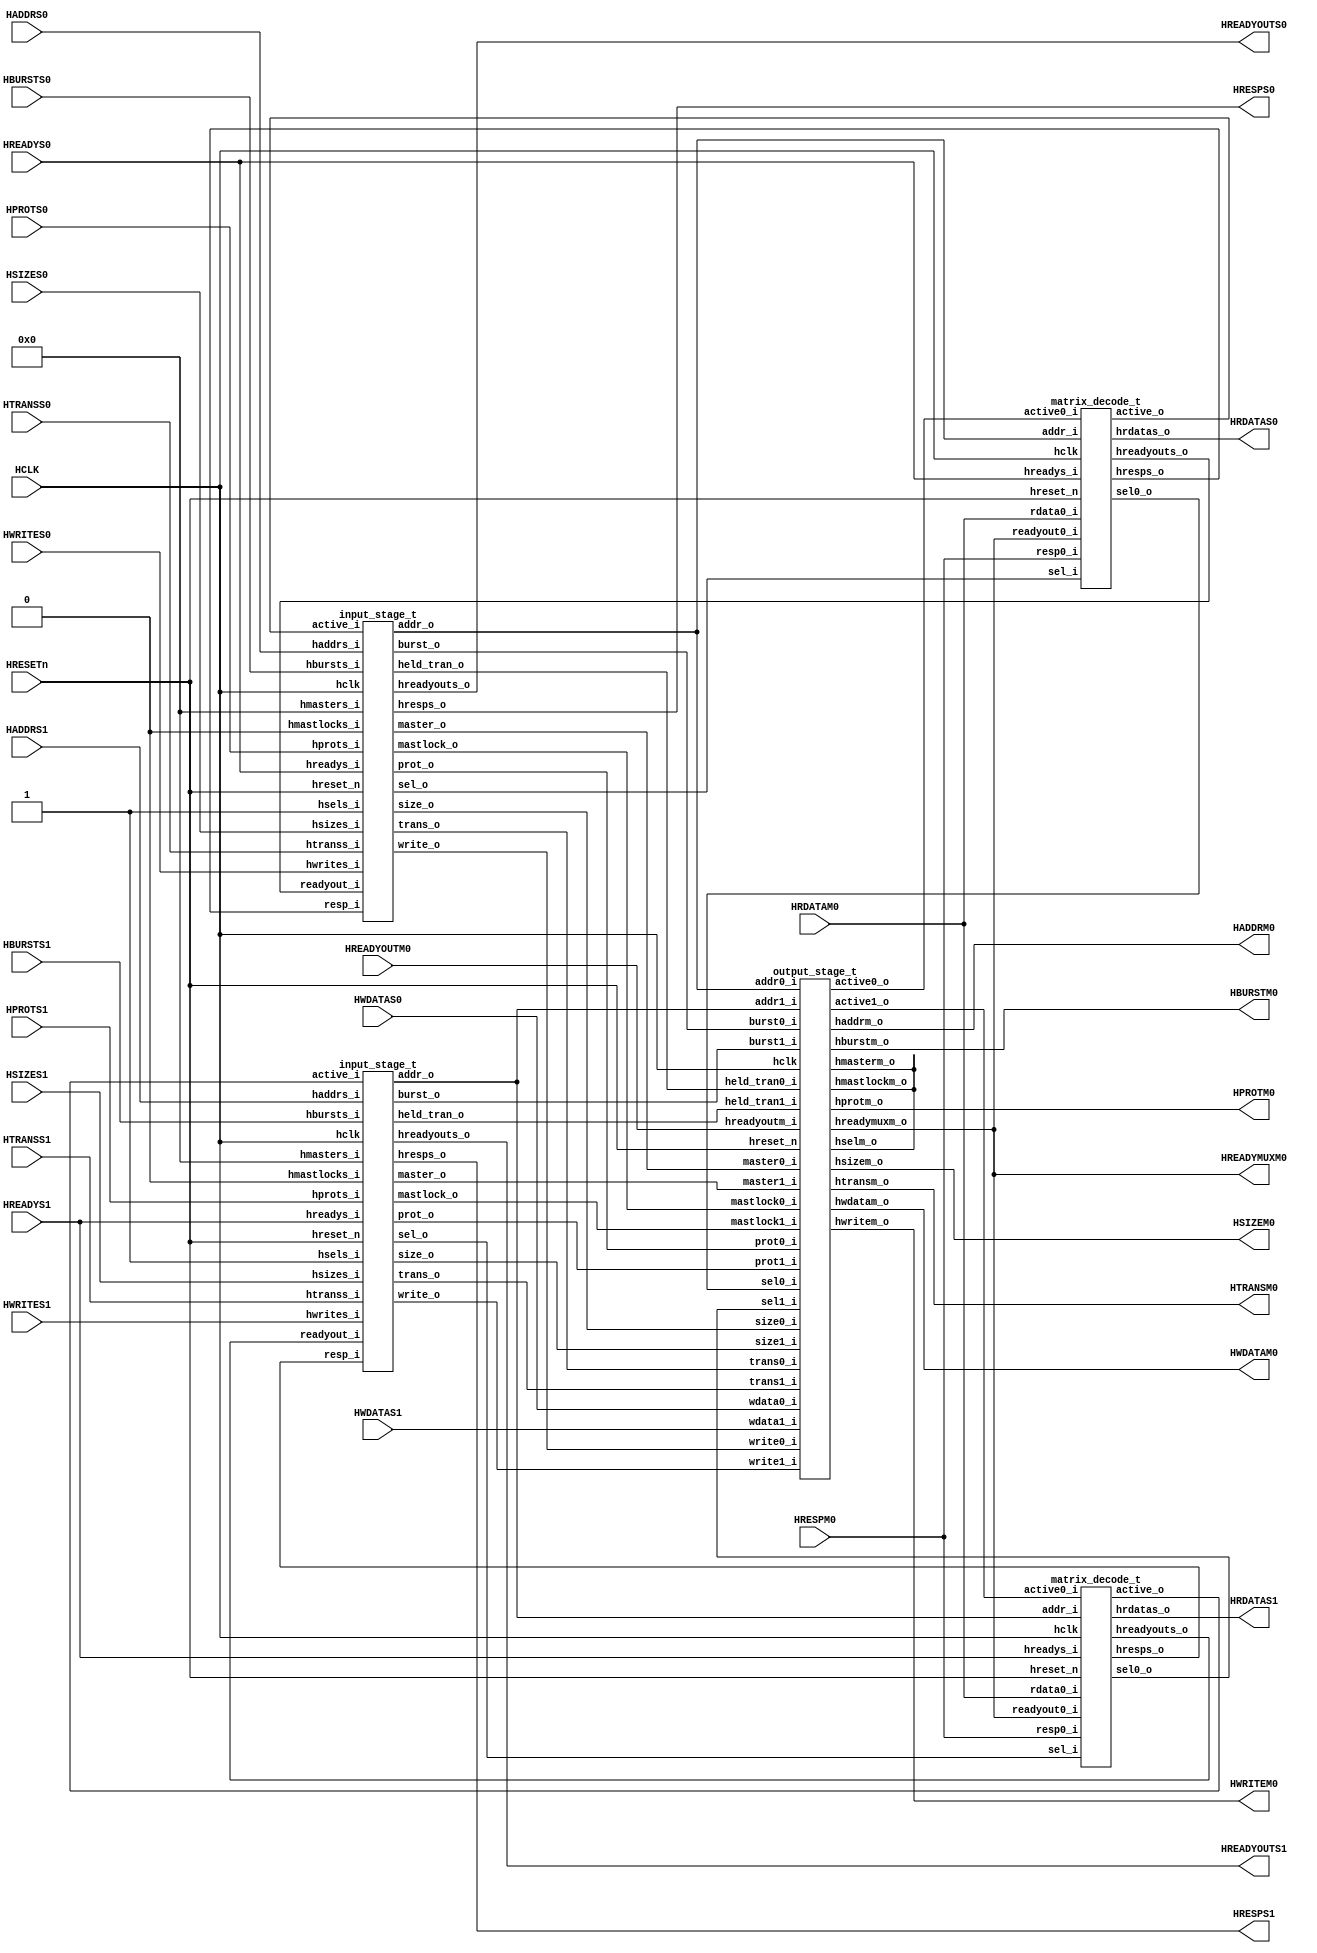
//===========================================================================--
//  The confidential and proprietary information contained in this file may
//  only be used by a person authorised under and to the extent permitted
//  by a subsisting licensing agreement from ARM Limited.
//
//                (C) COPYRIGHT 2004-2010 ARM Limited
//                    ALL RIGHTS RESERVED
//
//  This entire notice must be reproduced on all copies of this file
//  and copies of this file may only be made by a person if such person is
//  permitted to do so under the terms of a subsisting license agreement
//  from ARM Limited.
//
//  Revision            : $Revision: 365823 $
//  Release information : CM3DesignStart-r0p0-02rel0
//
//-----------------------------------------------------------------------------

module cm3_flash_mux (

    // Common AHB signals
    HCLK,
    HRESETn,

    // Input Port 0
    HADDRS0,
    HTRANSS0,
    HWRITES0,
    HSIZES0,
    HBURSTS0,
    HPROTS0,
    HWDATAS0,
    HREADYS0,

    // Input Port 1
    HADDRS1,
    HTRANSS1,
    HWRITES1,
    HSIZES1,
    HBURSTS1,
    HPROTS1,
    HWDATAS1,
    HREADYS1,

    // Response signals from Slave for Port 0
    HRDATAM0,
    HREADYOUTM0,
    HRESPM0,

    // Response signals to Master for Port 0
    HRDATAS0,
    HREADYOUTS0,
    HRESPS0,

    // Response signals to Master for Port 1
    HRDATAS1,
    HREADYOUTS1,
    HRESPS1,

    // Output Port 0
    HADDRM0,
    HTRANSM0,
    HWRITEM0,
    HSIZEM0,
    HBURSTM0,
    HPROTM0,
    HWDATAM0,
    HREADYMUXM0
    );

// -----------------------------------------------------------------------------
// Input & Output declarations
// -----------------------------------------------------------------------------
    input         HCLK;            // AHB System Clock
    input         HRESETn;         // AHB System Reset

    // Input Port 0
    input  [31:0] HADDRS0;         // Address bus
    input   [1:0] HTRANSS0;        // Transfer type
    input         HWRITES0;        // Transfer direction
    input   [2:0] HSIZES0;         // Transfer size
    input   [2:0] HBURSTS0;        // Burst type
    input   [3:0] HPROTS0;         // Protection control
    input  [31:0] HWDATAS0;        // Write data
    input         HREADYS0;        // Transfer done

    // Input Port 1
    input  [31:0] HADDRS1;         // Address bus
    input   [1:0] HTRANSS1;        // Transfer type
    input         HWRITES1;        // Transfer direction
    input   [2:0] HSIZES1;         // Transfer size
    input   [2:0] HBURSTS1;        // Burst type
    input   [3:0] HPROTS1;         // Protection control
    input  [31:0] HWDATAS1;        // Write data
    input         HREADYS1;        // Transfer done

    input  [31:0] HRDATAM0;        // Read data bus
    input         HREADYOUTM0;     // HREADY feedback
    input         HRESPM0;         // Transfer response

    output [31:0] HRDATAS0;        // Read data bus
    output        HREADYOUTS0;     // HREADY feedback
    output        HRESPS0;         // Transfer response

    output [31:0] HRDATAS1;        // Read data bus
    output        HREADYOUTS1;     // HREADY feedback
    output        HRESPS1;         // Transfer response

    // Output Port 0
    output [31:0] HADDRM0;         // Address bus
    output  [1:0] HTRANSM0;        // Transfer type
    output        HWRITEM0;        // Transfer direction
    output  [2:0] HSIZEM0;         // Transfer size
    output  [2:0] HBURSTM0;        // Burst type
    output  [3:0] HPROTM0;         // Protection control
    output [31:0] HWDATAM0;        // Write data
    output        HREADYMUXM0;     // Transfer done

// -----------------------------------------------------------------------------
// Wire declarations
// -----------------------------------------------------------------------------

    wire  [31:0] hrdatas0;        // Read data bus
    wire         hreadyouts0;     // HREADY feedback
    wire         hresps0;         // Transfer response

    wire [31:0]  hrdatas1;        // Read data bus
    wire         hreadyouts1;     // HREADY feedback
    wire         hresps1;         // Transfer response

    // Output Port 0
    wire [31:0]  haddrm0;         // Address bus
    wire  [1:0]  htransm0;        // Transfer type
    wire         hwritem0;        // Transfer direction
    wire  [2:0]  hsizem0;         // Transfer size
    wire  [2:0]  hburstm0;        // Burst type
    wire  [3:0]  hprotm0;         // Protection control
    wire [31:0]  hwdatam0;        // Write data
    wire         hreadymuxm0;     // Transfer done

//------------------------------------------------------------------------------
// Signal declarations
//------------------------------------------------------------------------------
// Bus-switch input 0
    wire        sel0;       // Port 0 HSEL signal
    wire [31:0] addr0;      // Port 0 HADDR signal
    wire  [1:0] trans0;     // Port 0 HTRANS signal
    wire        write0;     // Port 0 HWRITE signal
    wire  [2:0] size0;      // Port 0 HSIZE signal
    wire  [2:0] burst0;     // Port 0 HBURST signal
    wire  [3:0] prot0;      // Port 0 HPROTS signal
    wire  [3:0] master0;    // Port 0 HMASTER signal
    wire        mastlock0;  // Port 0 HMASTLOCK signal
    wire        active0;    // Port 0 Active signal
    wire        held_tran0;  // Port 0 HeldTran signal
    wire        readyout0;  // Port 0 Readyout signal
    wire        resp0;      // Port 0 response

// Bus-switch input 1
    wire        sel1;       // Port 1 HSEL signal
    wire [31:0] addr1;      // Port 1 HADDR signal
    wire  [1:0] trans1;     // Port 1 HTRANS signal
    wire        write1;     // Port 1 HWRITE signal
    wire  [2:0] size1;      // Port 1 HSIZE signal
    wire  [2:0] burst1;     // Port 1 HBURST signal
    wire  [3:0] prot1;      // Port 1 HPROTS signal
    wire  [3:0] master1;    // Port 1 HMASTER signal
    wire        mastlock1;  // Port 1 HMASTLOCK signal
    wire        active1;    // Port 1 Active signal
    wire        held_tran1;  // Port 1 HeldTran signal
    wire        readyout1;  // Port 1 Readyout signal
    wire        resp1;      // Port 1 response

// Bus-switch 0 to 0 signals
    wire        sel0_to_0;    // Port 0 to 0 HSEL signal
    wire        active0_to_0; // Port 0 to 0 Active signal

// Bus-switch 1 to 0 signals
    wire        sel1_to_0;    // Port 1 to 0 HSEL signal
    wire        active1_to_0; // Port 1 to 0 Active signal

//------------------------------------------------------------------------------
// Beginning of main code
//------------------------------------------------------------------------------

  input_stage_t u_input_stage_t0
    (
    .hclk          (HCLK),
    .hreset_n      (HRESETn),

    // Input Port Address/Control Signals
    .hsels_i       (1'b1),
    .haddrs_i      (HADDRS0),
    .htranss_i     (HTRANSS0),
    .hwrites_i     (HWRITES0),
    .hsizes_i      (HSIZES0),
    .hbursts_i     (HBURSTS0),
    .hprots_i      (HPROTS0),
    .hmasters_i    (4'b0000),
    .hmastlocks_i  (1'b0),
    .hreadys_i     (HREADYS0),

    // Internal Response
    .active_i      (active0),
    .readyout_i    (readyout0),
    .resp_i        (resp0),

    // Input Port Response
    .hreadyouts_o  (hreadyouts0),
    .hresps_o      (hresps0),

    // Internal Address/Control Signals
    .sel_o         (sel0),
    .addr_o        (addr0),
    .trans_o       (trans0),
    .write_o       (write0),
    .size_o        (size0),
    .burst_o       (burst0),
    .prot_o        (prot0),
    .master_o      (master0),
    .mastlock_o    (mastlock0),
    .held_tran_o   (held_tran0)
    );

  input_stage_t u_input_stage_t1
    (
    .hclk          (HCLK),
    .hreset_n      (HRESETn),

    // Input Port Address/Control Signals
    .hsels_i       (1'b1),
    .haddrs_i      (HADDRS1),
    .htranss_i     (HTRANSS1),
    .hwrites_i     (HWRITES1),
    .hsizes_i      (HSIZES1),
    .hbursts_i     (HBURSTS1),
    .hprots_i      (HPROTS1),
    .hmasters_i    (4'b0000),
    .hmastlocks_i  (1'b0),
    .hreadys_i     (HREADYS1),

    // Internal Response
    .active_i      (active1),
    .readyout_i    (readyout1),
    .resp_i        (resp1),

    // Input Port Response
    .hreadyouts_o  (hreadyouts1),
    .hresps_o      (hresps1),

    // Internal Address/Control Signals
    .sel_o         (sel1),
    .addr_o        (addr1),
    .trans_o       (trans1),
    .write_o       (write1),
    .size_o        (size1),
    .burst_o       (burst1),
    .prot_o        (prot1),
    .master_o      (master1),
    .mastlock_o    (mastlock1),
    .held_tran_o   (held_tran1)
    );

  matrix_decode_t u_matrix_decode_t0
    (
    .hclk          (HCLK),
    .hreset_n      (HRESETn),

    .hreadys_i     (HREADYS0),
    .sel_i         (sel0),
    .addr_i        (addr0),

    // Control/Response for Output Stage 0
    .active0_i     (active0_to_0),
    .readyout0_i   (hreadymuxm0),
    .resp0_i       (HRESPM0),
    .rdata0_i      (HRDATAM0),

    // Select signals
    .sel0_o        (sel0_to_0),

    .active_o      (active0),
    .hreadyouts_o  (readyout0),
    .hresps_o      (resp0),
    .hrdatas_o     (hrdatas0)
    );

  matrix_decode_t u_matrix_decode_t1
    (
    .hclk          (HCLK),
    .hreset_n      (HRESETn),

    .hreadys_i     (HREADYS1),
    .sel_i         (sel1),
    .addr_i        (addr1),

    // Control/Response for Output Stage 0
    .active0_i     (active1_to_0),
    .readyout0_i   (hreadymuxm0),
    .resp0_i       (HRESPM0),
    .rdata0_i      (HRDATAM0),

    .sel0_o        (sel1_to_0),

    .active_o      (active1),
    .hreadyouts_o  (readyout1),
    .hresps_o      (resp1),
    .hrdatas_o     (hrdatas1)
    );

  output_stage_t u_output_stage_t0
    (
    .hclk          (HCLK),
    .hreset_n      (HRESETn),

    // Port 0 Signals
    .sel0_i        (sel0_to_0),
    .addr0_i       (addr0),
    .trans0_i      (trans0),
    .write0_i      (write0),
    .size0_i       (size0),
    .burst0_i      (burst0),
    .prot0_i       (prot0),
    .master0_i     (master0),
    .mastlock0_i   (mastlock0),
    .wdata0_i      (HWDATAS0),
    .held_tran0_i  (held_tran0),

    // Port 1 Signals
    .sel1_i        (sel1_to_0),
    .addr1_i       (addr1),
    .trans1_i      (trans1),
    .write1_i      (write1),
    .size1_i       (size1),
    .burst1_i      (burst1),
    .prot1_i       (prot1),
    .master1_i     (master1),
    .mastlock1_i   (mastlock1),
    .wdata1_i      (HWDATAS1),
    .held_tran1_i  (held_tran1),

    // Slave read data and response
    .hreadyoutm_i  (HREADYOUTM0),

    .active0_o     (active0_to_0),
    .active1_o     (active1_to_0),

    // Slave Address/Control Signals
    .hselm_o       (),
    .haddrm_o      (haddrm0),
    .htransm_o     (htransm0),
    .hwritem_o     (hwritem0),
    .hsizem_o      (hsizem0),
    .hburstm_o     (hburstm0),
    .hprotm_o      (hprotm0),
    .hmasterm_o    (),
    .hmastlockm_o  (),
    .hreadymuxm_o  (hreadymuxm0),
    .hwdatam_o     (hwdatam0)
    );

    // -----------------------------------------------------------------------
    // Output Assignments
    // -----------------------------------------------------------------------

    assign HRDATAS0    = hrdatas0;
    assign HREADYOUTS0 = hreadyouts0;
    assign HRESPS0     = hresps0;

    assign HRDATAS1    = hrdatas1;
    assign HREADYOUTS1 = hreadyouts1;
    assign HRESPS1     = hresps1;

    // Output Port 0
    assign HADDRM0     = haddrm0;
    assign HTRANSM0    = htransm0;
    assign HWRITEM0    = hwritem0;
    assign HSIZEM0     = hsizem0;
    assign HBURSTM0    = hburstm0;
    assign HPROTM0     = hprotm0;
    assign HWDATAM0    = hwdatam0;
    assign HREADYMUXM0 = hreadymuxm0;

endmodule

module input_stage_t (
    hclk,
    hreset_n,
// Input Port Address/Control Signals
    hsels_i,
    haddrs_i,
    htranss_i,
    hwrites_i,
    hsizes_i,
    hbursts_i,
    hprots_i,
    hmasters_i,
    hmastlocks_i,
    hreadys_i,

// Internal Response
    active_i,
    readyout_i,
    resp_i,

// Input Port Response
    hreadyouts_o,
    hresps_o,

// Internal Address/Control Signals
    sel_o,
    addr_o,
    trans_o,
    write_o,
    size_o,
    burst_o,
    prot_o,
    master_o,
    mastlock_o,
    held_tran_o
    );

    input         hclk;              // AHB System Clock
    input         hreset_n;          // AHB System Reset
    input         hsels_i;           // Slave Select from AHB
    input  [31:0] haddrs_i;          // Address bus from AHB
    input   [1:0] htranss_i;         // Transfer type from AHB
    input         hwrites_i;         // Transfer direction from AHB
    input   [2:0] hsizes_i;          // Transfer size from AHB
    input   [2:0] hbursts_i;         // Burst type from AHB
    input   [3:0] hprots_i;          // Protection control from AHB
    input   [3:0] hmasters_i;        // Master number from AHB
    input         hmastlocks_i;      // Locked Sequence  from AHB
    input         hreadys_i;         // Transfer done from AHB
    input         active_i;          // Active signal
    input         readyout_i;        // HREADYOUT input
    input         resp_i;            // HRESP input

    output        hreadyouts_o;      // HREADY feedback to AHB
    output        hresps_o;          // Transfer response to AHB
    output        sel_o;             // HSEL output
    output [31:0] addr_o;            // HADDR output
    output  [1:0] trans_o;           // HTRANS output
    output        write_o;           // HWRITE output
    output  [2:0] size_o;            // HSIZE output
    output  [2:0] burst_o;           // HBURST output
    output  [3:0] prot_o;            // HPROT output
    output [3:0]  master_o;          // HMASTER output
    output        mastlock_o;        // HMASTLOCK output
    output        held_tran_o;       // Holding register active flag

//------------------------------------------------------------------------------
// Wire declaration
//------------------------------------------------------------------------------

    reg         hreadyouts;      // HREADY feedback to AHB
    reg         hresps;          // Transfer response to AHB
    reg         sel;             // HSEL output
    reg  [31:0] addr;            // HADDR output
    wire  [1:0] trans;           // HTRANS output
    reg         write;           // HWRITE output
    reg   [2:0] size;            // HSIZE output
    wire  [2:0] burst;           // HBURST output
    reg   [3:0] prot;            // HPROT output
    reg   [3:0] master;          // HMASTER output
    reg         mastlock;        // HMASTLOCK output
    wire        held_tran;       // Holding register active flag

//------------------------------------------------------------------------------
// Constant declarations
//------------------------------------------------------------------------------

// HTRANS transfer type signal encoding
`define FM_TRN_IDLE    2'b00     // Idle Transfer
`define FM_TRN_BUSY    2'b01     // Busy Transfer
`define FM_TRN_NONSEQ  2'b10     // Nonsequential transfer
`define FM_TRN_SEQ     2'b11     // Sequential transfer

// HSIZE transfer type signal encoding
`define FM_SZ_BYTE     3'b000    // 8-bit
`define FM_SZ_HALF     3'b001    // 16-bit
`define FM_SZ_WORD     3'b010    // 32-bit

// HBURST transfer type signal encoding
`define FM_BUR_SINGLE  3'b000    // Single BURST
`define FM_BUR_INCR    3'b001    // Incremental BURSTS
`define FM_BUR_WRAP4   3'b010    // 4-beat wrap
`define FM_BUR_INCR4   3'b011    // 4-beat incr
`define FM_BUR_WRAP8   3'b100    // 8-beat wrap
`define FM_BUR_INCR8   3'b101    // 8-beat incr
`define FM_BUR_WRAP16  3'b110    // 16-beat wrap
`define FM_BUR_INCR16  3'b111    // 16-beat incr

//------------------------------------------------------------------------------
// Signal declaration
//------------------------------------------------------------------------------
    wire        load_reg;             // Holding register load flag
    wire        pend_tran;            // An active transfer cannot complete
    reg         pend_tran_reg;        // Registered version of PendTran
    wire        addr_valid;           // Indicates address phase of
                                      // valid transfer
    reg         data_valid;           // Indicates data phase of
                                      // valid transfer
    reg   [1:0] reg_trans;            // Registered HTRANSS
    reg  [31:0] reg_addr;             // Registered HADDRS
    reg         reg_write;            // Registered HWRITES
    reg   [2:0] reg_size;             // Registered HSIZES
    reg   [2:0] reg_burst;            // Registered HBURSTS
    reg   [3:0] reg_prot;             // Registered HPROTS
    reg   [3:0] reg_master;           // Registerd HMASTERS
    reg         reg_mastlock;         // Registered HMASTLOCKS
    reg   [1:0] trans_b;              // HTRANS output used for burst information
    reg   [1:0] trans_int;            // HTRANS output
    reg   [2:0] burst_int;            // HBURST output
    reg   [3:0] offset_addr;          // Address offset for boundary logic
    reg   [3:0] check_addr;           // Address check for wrapped bursts
    reg         burst_override;       // Registered BurstOverrideNext
    wire        next_burst_override;  // Indicates burst has been over-ridden
    reg         bound;                // Registered version of BoundNext
    wire        next_bound;           // Indicates boundary wrapping
    wire        bound_en;             // Clock-enable for Bound register

//------------------------------------------------------------------------------
// Beginning of main code
//------------------------------------------------------------------------------
//------------------------------------------------------------------------------
// Holding Registers
//------------------------------------------------------------------------------
// Each input port has a holding register associated with it and a mux to
//  select between the register and the direct input path. The control of
//  the mux is done simply by selecting the holding register when it is loaded
//  with a pending transfer, otherwise the straight through path is used.

  always @ (posedge hclk or negedge hreset_n)
  begin : p_holding_reg_seq1
    if  ( hreset_n ==1'b0 )
    begin
      reg_trans    <= 2'b00;
      reg_addr     <= {32{1'b0}};
      reg_write    <= 1'b0 ;
      reg_size     <= 3'b000;
      reg_burst    <= 3'b000;
      reg_prot     <= {4{1'b0}};
      reg_master   <= 4'b0000;
      reg_mastlock <= 1'b0 ;
    end
    else
    begin
      if  (load_reg)
      begin
        reg_trans    <= htranss_i;
        reg_addr     <= haddrs_i;
        reg_write    <= hwrites_i;
        reg_size     <= hsizes_i;
        reg_burst    <= hbursts_i;
        reg_prot     <= hprots_i;
        reg_master   <= hmasters_i;
        reg_mastlock <= hmastlocks_i;
      end
    end
  end

  // AddrValid indicates the address phase of an active (non-BUSY/IDLE)
  // transfer to this slave port
  assign addr_valid = (hsels_i & htranss_i[1]);

  // The holding register is loaded whenever there is a transfer on the input
  // port which is validated by active HREADYS
  assign load_reg = (addr_valid & hreadys_i);

  // DataValid register
  // AddrValid indicates the data phase of an active (non-BUSY/IDLE)
  // transfer to this slave port. A valid response (HREADY, HRESP) must be
  // generated
  always @ (posedge hclk or negedge hreset_n)
  begin : p_data_valid
    if  (hreset_n == 1'b0)
      data_valid <= 1'b0;
    else
    begin
     if (hreadys_i)
      data_valid  <= addr_valid;
    end
  end

//------------------------------------------------------------------------------
// Generate HeldTran
//------------------------------------------------------------------------------
// The HeldTran signal is used to indicate when there is an active transfer
// being presented to the output stage, either passing straight through or from
// the holding register.

  // PendTran indicates that an active transfer presented to this
  // slave cannot complete immediately.  It is always set after the
  // LoadReg signal has been active. When set, it is cleared when the
  // transfer is being driven onto the selected slave (as indicated by
  // Active being high) and HREADY from the selected slave is high.
  assign pend_tran = (load_reg & (!active_i)) ? 1'b1 :
                    ((active_i & readyout_i) ? 1'b0 : pend_tran_reg);

  // PendTranReg indicates that an active transfer was accepted by the input
  // stage,but not by the output stage, and so the holding registers should be
  // used
  always @ (posedge hclk or negedge hreset_n)
  begin : p_pend_tran_reg
    if (hreset_n == 1'b0)
     pend_tran_reg  <= 1'b0;
    else
     pend_tran_reg  <= pend_tran;
  end

  // HeldTran indicates an active transfer, and is held whilst that transfer is
  // in the holding registers.  It passes to the output stage where it acts as
  // a request line to the arbitration scheme
  assign  held_tran  = (load_reg | pend_tran_reg);

// The output from this stage is selected from the holding register when
//  there is a held transfer. Otherwise the direct path is used.

  always @ (pend_tran_reg or hsels_i or htranss_i or haddrs_i or hwrites_i
            or hsizes_i or hbursts_i or hprots_i or hmastlocks_i or reg_addr
            or reg_write or reg_size or reg_burst or reg_prot or reg_mastlock or
            hmasters_i or reg_master)
  begin : p_mux_comb
    if  ( pend_tran_reg ==1'b0 )
    begin
      sel       = hsels_i;
      trans_int = htranss_i;
      addr      = haddrs_i;
      write     = hwrites_i;
      size      = hsizes_i;
      burst_int = hbursts_i;
      prot      = hprots_i;
      master    = hmasters_i;
      mastlock  = hmastlocks_i;
    end
    else
    begin
      sel       = 1'b1;
      trans_int = `FM_TRN_NONSEQ;
      addr      = reg_addr;
      write     = reg_write;
      size      = reg_size;
      burst_int = reg_burst;
      prot      = reg_prot;
      master    = reg_master;
      mastlock  = reg_mastlock;
    end
  end

// The Transb output is used to select the correct Burst value when completing
// an interrupted defined-lenght burst.

  always @ (pend_tran_reg or htranss_i or reg_trans)
  begin : p_trans_b_comb
    if  ( pend_tran_reg ==1'b0 )
      trans_b = htranss_i;
    else
      trans_b = reg_trans;
  end // block: p_TransbComb


  // Convert SEQ->NONSEQ and BUSY->IDLE when an address boundary is crossed
  // whilst the burst type is being over-ridden, i.e. when completing an
  // interrupted wrapping burst.
  assign trans  = (burst_override & bound) ? {trans_int[1], 1'b0}
                : trans_int;

  assign burst  = (burst_override & (trans_b != `FM_TRN_NONSEQ)) ? `FM_BUR_INCR
                : burst_int;

//------------------------------------------------------------------------------
// HREADYOUT Generation
//------------------------------------------------------------------------------
// There are three possible sources for the HREADYOUT signal.
//  - It is driven LOW when there is a held transfer.
//  - It is driven HIGH when not Selected or for Idle/Busy transfers.
//  - At all other times it is driven from the appropriate shared
//    slave.

  always @ (data_valid or pend_tran_reg or readyout_i or resp_i)
  begin : p_ready_comb
    if  (data_valid == 1'b0)
      begin
        hreadyouts = 1'b1;
        hresps     = 1'b0;
      end
    else if (pend_tran_reg)
      begin
        hreadyouts = 1'b0;
        hresps     = 1'b0;
      end
    else
      begin
        hreadyouts = readyout_i;
        hresps     = resp_i;
      end
  end // block: p_ReadyComb

//------------------------------------------------------------------------------
// Early Burst Termination
//------------------------------------------------------------------------------
// There are times when the output stage will switch to another input port
//  without allowing the current burst to complete. In these cases the HTRANS
//  and HBURST signals need to be overriden to ensure that the transfers
//  reaching the output port meet the AHB specification.

  assign next_burst_override  = ((htranss_i == `FM_TRN_NONSEQ) |
                               (htranss_i == `FM_TRN_IDLE)) ? 1'b0
                              : (((load_reg == 1'b1) &&
                                  (active_i == 1'b0) &&
                                  (htranss_i ==`FM_TRN_SEQ)) ? 1'b1
                                 : burst_override) ;

  // BurstOverride register
  always @ (posedge hclk or negedge hreset_n)
  begin : p_burst_override_seq
    if  ( hreset_n ==1'b0 )
      burst_override  <= 1'b0 ;
    else
      begin
        if (hreadys_i)
          burst_override  <= next_burst_override ;
      end
  end // block: p_BurstOverrideSeq

//------------------------------------------------------------------------------
// Boundary Checking Logic
//------------------------------------------------------------------------------
  // OffsetAddr
  always @ (haddrs_i or hsizes_i)
  begin : p_offset_addr_comb
    case (hsizes_i )
      3'b000:  offset_addr  = haddrs_i[3:0];
      3'b001:  offset_addr  = haddrs_i[4:1];
      3'b010:  offset_addr  = haddrs_i[5:2];
      3'b011:  offset_addr  = haddrs_i[6:3];
      default: offset_addr  = haddrs_i[3:0];
    endcase
  end

  // CheckAddr
  always @ (offset_addr or hbursts_i)
  begin : p_check_addr_comb
    case (hbursts_i )
      `FM_BUR_WRAP4 : begin
        check_addr[1:0] = offset_addr[1:0];
        check_addr[3:2] = 2'b11;
      end

      `FM_BUR_WRAP8 : begin
        check_addr[2:0] = offset_addr[2:0];
        check_addr[3]   = 1'b1 ;
      end

      `FM_BUR_WRAP16 : begin
        check_addr[3:0] = offset_addr[3:0];
      end

      default: begin
        check_addr[3:0] = 4'b0000;
      end
    endcase
  end

  assign next_bound  = (check_addr == 4'b1111) ? 1'b1 : 1'b0;

  assign bound_en  = ((htranss_i [1]) & hreadys_i) ? 1'b1 : 1'b0;

  // Bound register
  always @ (posedge hclk or negedge hreset_n)
  begin : p_bound_seq
    if  ( hreset_n ==1'b0 )
      bound  <= 1'b0 ;
    else
    begin
      if  (bound_en)
        bound  <= next_bound ;
    end
  end

  // output assignments
  assign hreadyouts_o  = hreadyouts;
  assign hresps_o      = hresps;
  assign sel_o         = sel;
  assign addr_o        = addr;
  assign trans_o       = trans;
  assign write_o       = write;
  assign size_o        = size;
  assign burst_o       = burst;
  assign prot_o        = prot;
  assign master_o      = master;
  assign mastlock_o    = mastlock;
  assign held_tran_o   = held_tran;

endmodule

module matrix_decode_t (
    hclk,
    hreset_n,

    hreadys_i,
    sel_i,
    addr_i,

    // Bus-switch output 0
    active0_i,
    readyout0_i,
    resp0_i,
    rdata0_i,

    sel0_o,

    active_o,
    hreadyouts_o,
    hresps_o,
    hrdatas_o
    );

    input         hclk;             // AHB System Clock
    input         hreset_n;         // AHB System Reset
    input         hreadys_i;        // Transfer done
    input         sel_i;            // HSEL input
    input [31:0]  addr_i;           // HADDR input

    // Bus-switch output 0
    input         active0_i;        // O/P stage0 Active signal
    input         readyout0_i;      // HREADYOUT input
    input         resp0_i;          // HRESP input
    input  [31:0] rdata0_i;         // HRDATA input

    output        sel0_o;           // HSEL output

    output        active_o;         // Combinatorial Active O/P
    output        hreadyouts_o;     // HREADY feedback output
    output        hresps_o;         // Transfer response
    output [31:0] hrdatas_o;        // Read Data

//------------------------------------------------------------------------------
// Wire declarations
//------------------------------------------------------------------------------

    reg           sel0;             // HSEL output

    reg           active;           // Combinatorial Active O/P signal
    reg           hreadyouts;       // Combinatorial HREADYOUT signal
    reg           hresps;           // Combinatorial HRESPS signal
    reg    [31:0] hrdatas;          // Read data bus

    reg     [3:0] addr_out_port;    // Address output ports
    reg     [3:0] data_out_port;    // Data output ports

//------------------------------------------------------------------------------
// Beginning of main code
//------------------------------------------------------------------------------

//------------------------------------------------------------------------------
// Address phase signals
//------------------------------------------------------------------------------
// The address decode is done in two stages. This is so that the address
//  decode occurs in only one process, p_AddrOutPortComb, and then the select
//  signal is factored in.
  always @ (addr_i)
    begin : p_addr_out_port_comb
      case (addr_i [27:24])

        // Bus-switch output 0
        4'b0000 : addr_out_port = 4'b0000;
        default : addr_out_port = 4'b0000;
      endcase // case(Addr [27:24])
    end // block: p_AddrOutPortComb


  // Select signal decode
  always @ (sel_i or addr_out_port)
    begin : p_sel_comb
      sel0  = 1'b0 ;
      if  (sel_i)
      begin
        case (addr_out_port)
          4'b0000 : sel0  = 1'b1 ;
          default: begin
          end
        endcase // case(AddrOutPort)
      end // if (Sel)
    end // block: p_SelComb

// The decoder selects the appropriate Active signal depending on which
//  output stage is required for the transfer.
  always @ (active0_i or
            addr_out_port)
    begin : p_active_comb
      case (addr_out_port )

        4'b0000 : active  = active0_i ;
        default : active  = active0_i ;
      endcase // case(AddrOutPort )
    end // block: p_ActiveComb

//------------------------------------------------------------------------------
// Data phase signals
//------------------------------------------------------------------------------
// The DataOutPort needs to be updated when HREADY from the input stage is high.
//  Note: HREADY must be used, not HREADYOUT, because there are occaisions
//  (namely when the holding register gets loaded) when HREADYOUT may be low
//  but HREADY is high, and in this case it is important that the DataOutPort
//  gets updated.
  always @ (posedge hclk or negedge hreset_n)
    begin : p_data_out_port_seq
      if  (hreset_n == 1'b0)
        data_out_port  <= 4'b0000;
      else
        begin
          if  (hreadys_i)
            data_out_port  <= addr_out_port ;
        end
    end // block: p_DataOutPortSeq

  // HREADYOUTS output decode
  always @ (readyout0_i or
            data_out_port)
  begin : p_ready_comb
    case (data_out_port)

      4'b0000 : hreadyouts  = readyout0_i ;
      default : hreadyouts  = readyout0_i;
    endcase // case(DataOutPort)
  end // block: p_ReadyComb


  // HRESPS output decode
  always @ (resp0_i or
            data_out_port)
  begin : p_resp_comb
    case (data_out_port)
      4'b0000 : hresps  = resp0_i ;
      default: hresps  = resp0_i;
    endcase // case(DataOutPort)
  end // block: p_RespComb

  // HRDATAS output decode
  always @ (rdata0_i or
            data_out_port)
  begin : p_rdata_comb
    case (data_out_port )

      4'b0000 : hrdatas  = rdata0_i ;
      default : hrdatas  = rdata0_i ;
    endcase // case(DataOutPort )
  end // block: p_RdataComb

  // output assignments
  assign sel0_o        = sel0;
  assign active_o      = active;
  assign hreadyouts_o  = hreadyouts;
  assign hresps_o      = hresps;
  assign hrdatas_o     = hrdatas;

endmodule

module output_stage_t (
    hclk,
    hreset_n,

    // Port 0 Signals
    sel0_i,
    addr0_i,
    trans0_i,
    write0_i,
    size0_i,
    burst0_i,
    prot0_i,
    master0_i,
    mastlock0_i,
    wdata0_i,
    held_tran0_i,

    // Port 1 Signals
    sel1_i,
    addr1_i,
    trans1_i,
    write1_i,
    size1_i,
    burst1_i,
    prot1_i,
    master1_i,
    mastlock1_i,
    wdata1_i,
    held_tran1_i,

    // Slave read data and response0
    hreadyoutm_i,

    active0_o,
    active1_o,

    // Slave Address/Control Signals
    hselm_o,
    haddrm_o,
    htransm_o,
    hwritem_o,
    hsizem_o,
    hburstm_o,
    hprotm_o,
    hmasterm_o,
    hmastlockm_o,
    hreadymuxm_o,
    hwdatam_o
    );


    input         hclk;       // AHB system clock
    input         hreset_n;    // AHB system reset

    // Bus-switch input 0
    input         sel0_i;       // Port 0 HSEL signal
    input [31:0]  addr0_i;      // Port 0 HADDR signal
    input  [1:0]  trans0_i;     // Port 0 HTRANS signal
    input         write0_i;     // Port 0 HWRITE signal
    input  [2:0]  size0_i;      // Port 0 HSIZE signal
    input  [2:0]  burst0_i;     // Port 0 HBURST signal
    input  [3:0]  prot0_i;      // Port 0 HPROT signal
    input  [3:0]  master0_i;    // Port 0 HMASTER signal
    input         mastlock0_i;  // Port 0 HMASTLOCK signal
    input [31:0]  wdata0_i;     // Port 0 HWDATA signal
    input         held_tran0_i; // Port 0 HeldTran signal

// Bus-switch input 1
    input         sel1_i;       // Port 1 HSEL signal
    input [31:0]  addr1_i;      // Port 1 HADDR signal
    input  [1:0]  trans1_i;     // Port 1 HTRANS signal
    input         write1_i;     // Port 1 HWRITE signal
    input  [2:0]  size1_i;      // Port 1 HSIZE signal
    input  [2:0]  burst1_i;     // Port 1 HBURST signal
    input  [3:0]  prot1_i;      //  Port 1 HPROT signal
    input  [3:0]  master1_i;    // Port 1 HMASTER signal
    input         mastlock1_i;  // Port 1 HMASTLOCK signal
    input [31:0]  wdata1_i;     // Port 1 HWDATA signal
    input         held_tran1_i; // Port 1 HeldTran signal

    input         hreadyoutm_i; // HREADY feedback

    output        active0_o;    // Port 0 Active signal
    output        active1_o;    // Port 1 Active signal

    // Slave Address/Control Signals
    output        hselm_o;      // Slave select line
    output [31:0] haddrm_o;     // Address
    output  [1:0] htransm_o;    // Transfer type
    output        hwritem_o;    // Transfer direction
    output  [2:0] hsizem_o;     // Transfer size
    output  [2:0] hburstm_o;    // Burst type
    output  [3:0] hprotm_o;     // Protection control
    output  [3:0] hmasterm_o;   // Master ID
    output        hmastlockm_o; // Locked transfer
    output        hreadymuxm_o; // Transfer done
    output [31:0] hwdatam_o;    // Write data

//------------------------------------------------------------------------------
// Wire declarations
//------------------------------------------------------------------------------

    reg         active0;    // Port 0 Active signal

    reg         active1;    // Port 1 Active signal

    // Slave Address/Control Signals
    reg  [31:0] haddrm;     // Address
    reg         hwritem;    // Transfer direction
    reg   [2:0] hsizem;     // Transfer size
    reg   [3:0] hprotm;     // Protection control
    reg   [3:0] hmasterm;   // Master ID
    reg  [31:0] hwdatam;    // Write data

//------------------------------------------------------------------------------
// Signal declaration
//------------------------------------------------------------------------------

    wire        req_port0;      // Port 0 request signal
    wire        req_port1;      // Port 1 request signal

    wire  [3:0] addr_in_port;   // Address input port
    reg   [3:0] data_in_port;   // Data input port
    wire        no_port;        // No port selected signal
    reg         slave_sel;      // Slave select signal

    reg         hsel_lock;      //  Held HSELS during locked sequence
    wire        next_hsel_lock; //  Pre-registered HselLock
    wire        hlock_arb;      //  HMASTLOCK modified by HSEL for arbitration

    reg         hselm;      // internal HSELM
    reg   [1:0] htransm;    // internal HTRANSM
    reg   [2:0] hburstm;    // internal HBURSTM
    reg         hreadymuxm; // internal HREADYMUXM
    reg         hmastlockm; // internal HMASTLOCKM

//------------------------------------------------------------------------------
// Beginning of main code
//------------------------------------------------------------------------------
//------------------------------------------------------------------------------
// Port Selection
//------------------------------------------------------------------------------

  assign req_port0  = (held_tran0_i & sel0_i) ? 1'b1 : 1'b0 ;
  assign req_port1  = (held_tran1_i & sel1_i) ? 1'b1 : 1'b0 ;

  output_arb_t  u_output_arb
        (
        .hclk           (hclk),
        .hreset_n       (hreset_n),
        .req_port0_i    (req_port0),
        .req_port1_i    (req_port1),
        .hreadym_i      (hreadymuxm),
        .hselm_i        (hselm),
        .htransm_i      (htransm),
        .hburstm_i      (hburstm),
        .hmastlockm_i   (hlock_arb),

        .addr_in_port_o (addr_in_port),
        .no_port_o      (no_port)
        );

  // Active signal combinatorial decode
  always @ (addr_in_port or no_port)
  begin : p_active_comb
    // Default values
    active0  = 1'b0 ;
    active1  = 1'b0 ;
    if  ( no_port ==1'b0 )
    begin
      case (addr_in_port )
        4'b0000 : active0  = 1'b1 ;
        4'b0001 : active1  = 1'b1 ;
        default : begin
        end
      endcase // case(AddrInPort )
    end
  end // block: p_ActiveComb


  //  Address/control output decode
  always @(sel0_i or addr0_i or trans0_i or write0_i or size0_i or burst0_i or prot0_i or
           master0_i or mastlock0_i or
         sel1_i or addr1_i or trans1_i or write1_i or size1_i or burst1_i or prot1_i or
           master1_i or mastlock1_i or
            addr_in_port or no_port)
  begin : p_addr_mux
    if  ( no_port )
      begin
        hselm      = 1'b0 ;
        haddrm     = {32{1'b0}};
        htransm    = {2{1'b0}};
        hwritem    = 1'b0 ;
        hsizem     = {3{1'b0}};
        hburstm    = {3{1'b0}};
        hprotm     = {4{1'b0}};
        hmasterm   = {4{1'b0}};
        hmastlockm = 1'b0 ;
      end
    else
      begin
        case (addr_in_port)

          // Bus-switch input 0
          4'b0000 :
            begin
              hselm      = sel0_i ;
              haddrm     = addr0_i ;
              htransm    = trans0_i ;
              hwritem    = write0_i ;
              hsizem     = size0_i ;
              hburstm    = burst0_i ;
              hprotm     = prot0_i ;
              hmasterm   = master0_i;
              hmastlockm = mastlock0_i ;
            end // case: 4'b0000

          // Bus-switch input 1
          4'b0001 :
            begin
              hselm      = sel1_i;
              haddrm     = addr1_i;
              htransm    = trans1_i;
              hwritem    = write1_i;
              hsizem     = size1_i;
              hburstm    = burst1_i;
              hprotm     = prot1_i;
              hmasterm   = master1_i;
              hmastlockm = mastlock1_i;
            end // case: 4'b0001

          default :
            begin
              hselm      = sel0_i ;
              haddrm     = addr0_i ;
              htransm    = trans0_i ;
              hwritem    = write0_i ;
              hsizem     = size0_i ;
              hburstm    = burst0_i ;
              hprotm     = prot0_i ;
              hmasterm   = master0_i;
              hmastlockm = mastlock0_i ;
            end // case: default
        endcase // case(AddrInPort)
      end // else: !if( NoPort )
  end // block: p_AddrMux

  // HselLock provides support for AHB masters that address other
  // slave regions in the middle of a locked sequence (i.e. HSEL is
  // de-asserted during the locked sequence).  Unless HMASTLOCK is
  // held during these intermediate cycles, the OutputArb scheme will
  // lose track of the locked sequence and may allow another input port to
  // access the output port which should be locked.
  assign next_hsel_lock = ((hselm & htransm[1] & hmastlockm) ? 1'b1
                         : ((hmastlockm == 1'b0) ? 1'b0
                            : hsel_lock));

  // Register HselLock
  always @ (posedge hclk or negedge hreset_n)
    begin : p_hsel_lock
      if (hreset_n == 1'b0)
        begin
          hsel_lock <= 1'b0;
        end
      else
        begin
          if (hreadymuxm)
            begin
              hsel_lock <= next_hsel_lock;
            end
        end
    end

  // Version of HMASTLOCK which is masked when not selected, unless a
  // locked sequence has already begun through this port
  assign hlock_arb = hmastlockm & (hsel_lock | hselm);

  // Dataport register
  always @ (posedge hclk or negedge hreset_n)
  begin : p_data_in_port_reg
    if  (hreset_n == 1'b0)
     data_in_port  <= 4'b0000;
    else
      begin
        if  (hreadymuxm)
          data_in_port <= addr_in_port ;
      end // else: !if(HRESETn == 1'b0)
  end // block: p_DataInPortReg

  // HWDATAM output decode
  always @ (wdata0_i or
            wdata1_i or
            data_in_port)
  begin : p_data_mux
    case (data_in_port)
      4'b0000 : hwdatam  = wdata0_i ;
      4'b0001 : hwdatam  = wdata1_i;
      default : hwdatam  = wdata0_i ;
    endcase // case(DataInPort )
  end // block: p_DataMux


//------------------------------------------------------------------------------
// HREADYMUXM generation
//------------------------------------------------------------------------------
// The HREADY signal on the shared slave is generated directly from
//  the shared slave HREADYOUTS if the slave is selected, otherwise
//  it mirrors the HREADY signal of the appropriate input port.
//  it is driven HIGH.
  always @ (posedge hclk or negedge hreset_n)
  begin : p_slave_sel_reg
    if  ( hreset_n ==1'b0 )
      slave_sel  <= 1'b0 ;
    else
    begin
      if  ( hreadymuxm )
        slave_sel  <= hselm ;
    end
  end

  // HREADYMUXM output decode
  always @ (slave_sel or hreadyoutm_i)
  begin : p_hreadys_comb
    if  ( slave_sel )
      hreadymuxm  = hreadyoutm_i ;
    else
      hreadymuxm  = 1'b1 ;
  end

  assign active0_o     = active0;
  assign active1_o     = active1;

    // Slave Address/Control Signals
  assign hselm_o       = hselm;
  assign haddrm_o      = haddrm;
  assign htransm_o     = htransm;
  assign hwritem_o     = hwritem;
  assign hsizem_o      = hsizem;
  assign hburstm_o     = hburstm;
  assign hprotm_o      = hprotm;
  assign hmasterm_o    = hmasterm;
  assign hmastlockm_o  = hmastlockm;
  assign hreadymuxm_o  = hreadymuxm;
  assign hwdatam_o     = hwdatam;

endmodule

module output_arb_t (
    hclk ,
    hreset_n,

    req_port0_i,
    req_port1_i,

    hreadym_i,
    hselm_i,
    htransm_i,
    hburstm_i,
    hmastlockm_i,
    addr_in_port_o,
    no_port_o
    );

    input        hclk;           // AHB system clock
    input        hreset_n;       // AHB system reset
    input        req_port0_i;    // Port 0 request signal
    input        req_port1_i;    // Port 1 request signal
    input        hreadym_i;      // Transfer done
    input        hselm_i;        // Slave select line
    input  [1:0] htransm_i;      // Transfer type
    input  [2:0] hburstm_i;      // Burst type
    input        hmastlockm_i;   // Locked transfer
    output [3:0] addr_in_port_o; // Port address input
    output       no_port_o;      // No port selected signal

//------------------------------------------------------------------------------
// Beginning of main code
//------------------------------------------------------------------------------
  assign  addr_in_port_o = {3'b000,req_port1_i & ~req_port0_i};
  assign  no_port_o      = ~hreadym_i | (~req_port0_i & ~req_port1_i);

endmodule